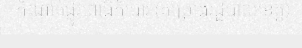
កំណាត់ផ្លូវពោធិកំបោរ (គម្រោងរដ្ឋបាលខេត្ត)